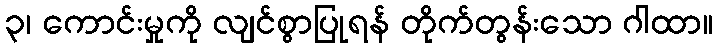
၃၊ ကောင်းမှုကို လျင်စွာပြုရန် တိုက်တွန်းသော ဂါထာ။